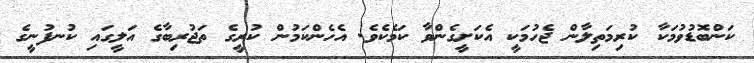
ކަންބޮޑުވުމަކާ ކުރިމަތިލާން ޖެހުމަކީ އެކަށީގެންވާ ކަމެކެވެ. އެހެންކަމުން ކުރީގެ ތަޖުރިބާގެ އަލީގައި ކުނފުނީގެ